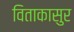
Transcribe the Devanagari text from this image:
विताकासुर